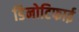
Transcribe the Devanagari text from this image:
डिनोटिफाई